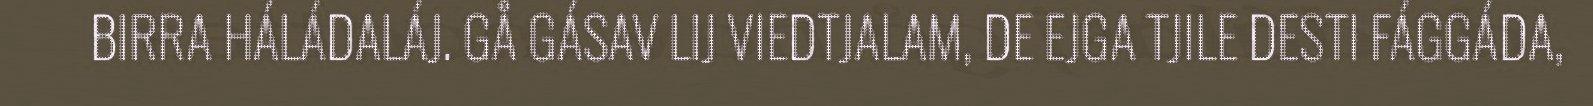
BIRRA HÁLÁDALÁJ. GÅ GÁSAV LIJ VIEDTJALAM, DE EJGA TJILE DESTI FÁGGÁDA,